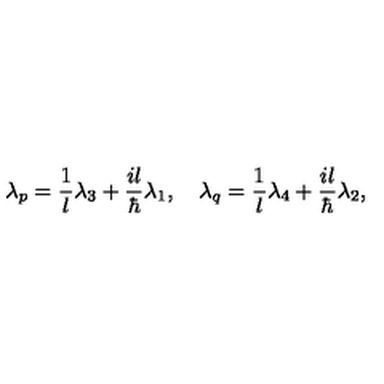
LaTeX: \lambda _ { p } = { \frac { 1 } { l } } \lambda _ { 3 } + { \frac { i l } { \hbar } } \lambda _ { 1 } , \quad \lambda _ { q } = { \frac { 1 } { l } } \lambda _ { 4 } + { \frac { i l } { \hbar } } \lambda _ { 2 } ,